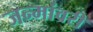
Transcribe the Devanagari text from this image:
जन्मांवरी